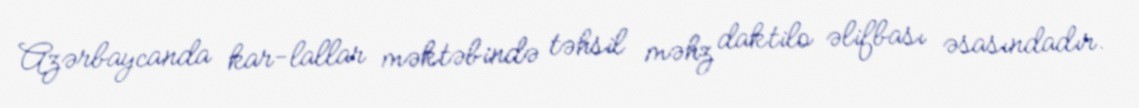
Azərbaycanda kar-lallar məktəbində təhsil məhz daktilo əlifbası əsasındadır.